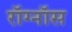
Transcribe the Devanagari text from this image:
रॉग्नॉस